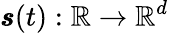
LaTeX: \pmb{s}(t):\mathbb{R}\rightarrow\mathbb{R}^{d}